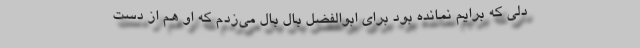
دلی که برایم نمانده بود برای ابوالفضل بال بال می‌زدم که او هم از دست